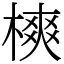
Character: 樉